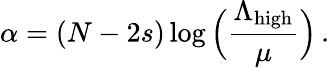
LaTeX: \alpha=(N-2s)\log\Big(\frac{\Lambda_{\mathrm{high}}}{\mu}\Big)\, .